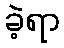
ခဲ့ရာ